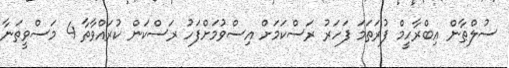
ސުލްޠާން އިބްރާހީމް ފުރަތަމަ ފަހަރު ރަސްކަމަށް އިސްވުމަށްފަހު ރަސްކަން ކުރައްވާތާ 4 މަސްވީތަނާ